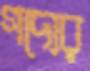
গদ্যের